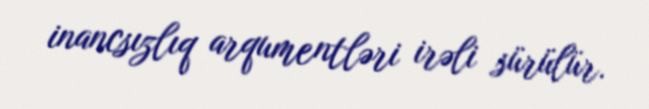
inancsızlıq arqumentləri irəli sürülür.